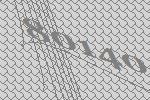
80140